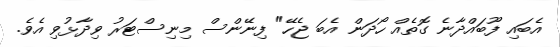
އެބައި ފޫބައްދާނެ ގޮތެއް ހޯދަން އެބަ ޖެހޭ" ފިނޭންސް މިނިސްޓަރު ވިދާޅުވި އެވެ.